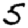
Digit: 5